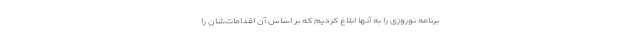
برنامه نوروزی را به آنها ابلاغ کردیم که بر اساس آن اقدامات‌شان را